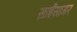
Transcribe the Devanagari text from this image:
साईसागर